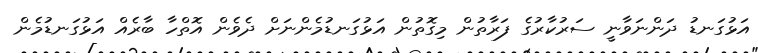
އަޅުގަނޑު ދަންނަވާނީ ސަރުކާރުގެ ފަރާތުން މިގޮތުން އަޅުގަނޑުމެންނަށް ދެވެން އޮތްހާ ބާރެއް އަޅުގަނޑުމެން